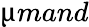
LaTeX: \textmu mand